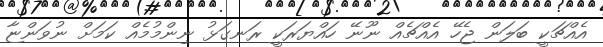
އެއްޗަކީ ބަލަން ޖެހޭ އެއްޗެއް ނޫނޭ ހައްޔަރަކީ ރަނގަޅު ނިންމުމެއް ކަމަށް ނުވަންޏާ